Civil Veterinary Department. United Provinces 1932-42 - 1932-1942
Year: 1932
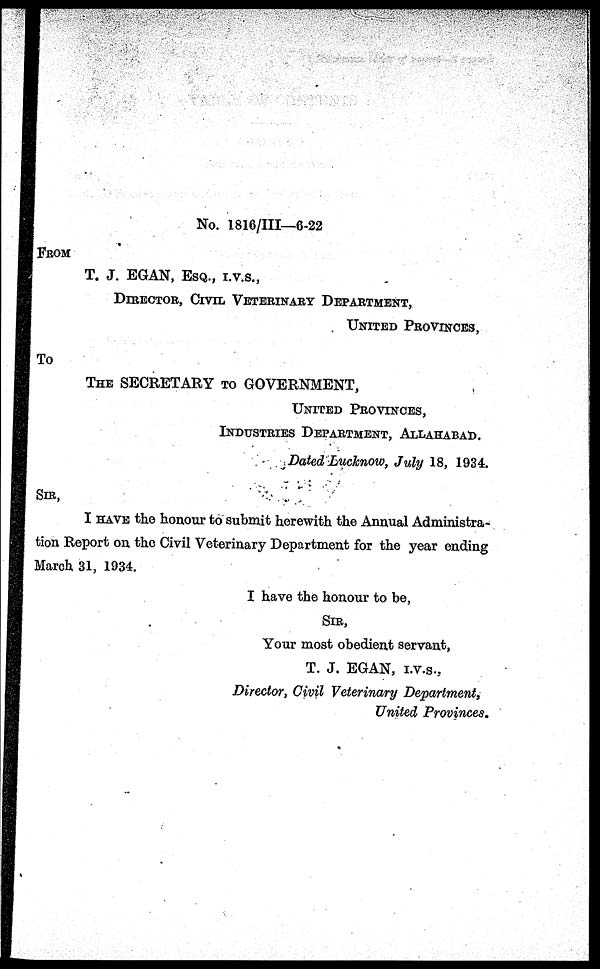
No. 1816/III—6-22
FROM
T. J. EGAN, ESQ.,I.V.S.,
DIRECTOR, CIVIL VETERINARY DEPARTMENT,
UNITED PROVINCES,
To
THE SECRETARY TO GOVERNMENT,
UNITED PROVINCES,
INDUSTRIES DEPARTMENT, ALLAHABAD.
Dated Lucknow, July 18, 1934.
SIR,
I HAVE the honour to submit herewith the Annual Administra-
tion Report on the Civil Veterinary Department for the year ending
March 31, 1934.
I have the honour to be,
SIR,
Your most obedient servant,
T. J. EGAN, I.V.S.,
Director, Civil Veterinary Department,
United Provinces.